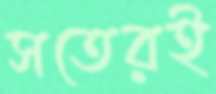
সতেরই